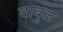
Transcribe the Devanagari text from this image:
दाबुल